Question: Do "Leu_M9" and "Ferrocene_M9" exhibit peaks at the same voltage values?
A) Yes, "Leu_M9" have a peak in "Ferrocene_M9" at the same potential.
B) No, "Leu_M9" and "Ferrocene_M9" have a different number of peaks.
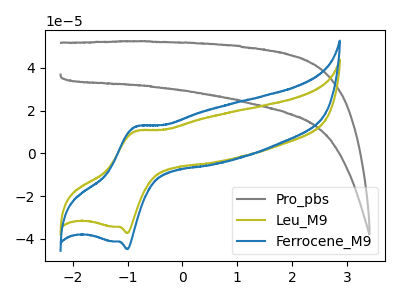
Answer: <think>The gray curve "Pro_pbs" has no peaks. The olive curve "Leu_M9" has an anodic peak at (-0.85V, 10.35uA) and a cathodic peak at (-1.00V, -37.35uA). The blue curve "Ferrocene_M9" has an anodic peak at (-0.85V, 12.40uA) and a cathodic peak at (-1.00V, -44.85uA).</think>
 <answer>A) Yes, "Leu_M9" have a peak in "Ferrocene_M9" at the same potential.</answer>
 <eval>A</eval>